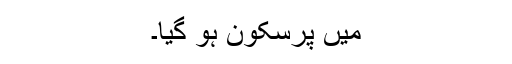
میں پرسکون ہو گیا۔